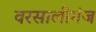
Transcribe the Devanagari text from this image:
वरसालीगंज